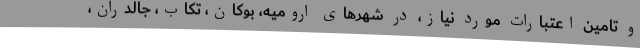
و تامین اعتبارات مورد نیاز، در شهرهای ارومیه، بوکان، تکاب، جالدران،